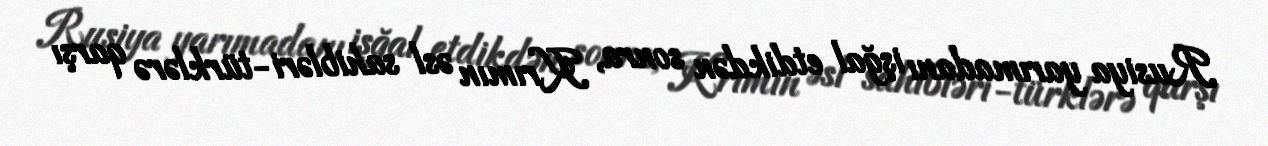
Rusiya yarımadanı işğal etdikdən sonra, Krımın əsl sahibləri-türklərə qarşı